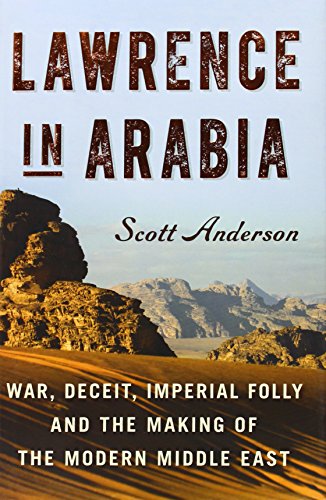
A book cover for Lawrence in Arabia: War, Deceit, Imperial Folly and the Making of the Modern Middle East (Ala Notable Books for Adults); Scott Anderson; History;